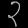
Digit: ၃